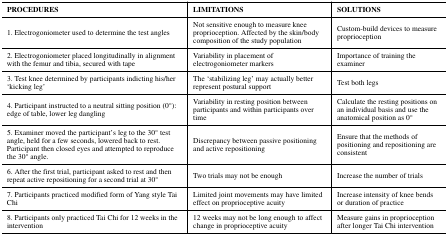
<table><thead><tr><td><b>PROCEDURES</b></td><td><b>LIMITATIONS</b></td><td><b>SOLUTIONS</b></td></tr></thead><tbody><tr><td>1. Electrogoniometer used to determine the test angles</td><td>Not sensitive enough to measure knee proprioception. Affected by the skin/body composition of the study population</td><td>Custom-build devices to measure proprioception</td></tr><tr><td>2. Electrogoniometer placed longitudinally in alignment with the femur and tibia, secured with tape</td><td>Variability in placement of electrogoniometer markers</td><td>Importance of training the examiner</td></tr><tr><td>3. Test knee determined by participants indicting his/her ‘kicking leg’</td><td>The ‘stabilizing leg’ may actually better represent postural support</td><td>Test both legs</td></tr><tr><td>4. Participant instructed to a neutral sitting position (0°): edge of table, lower leg dangling</td><td>Variability in resting position between participants and within participants over time</td><td>Calculate the resting positions on an individual basis and use the anatomical position as 0°</td></tr><tr><td>5. Examiner moved the participant’s leg to the 30° test angle, held for a few seconds, lowered back to rest. Participant then closed eyes and attempted to reproduce the 30° angle.</td><td>Discrepancy between passive positioning and active repositioning</td><td>Ensure that the methods of positioning and repositioning are consistent</td></tr><tr><td>6. After the first trial, participant asked to rest and then repeat active repositioning for a second trial at 30°</td><td>Two trials may not be enough</td><td>Increase the number of trials</td></tr><tr><td>7. Participants practiced modified form of Yang style Tai Chi</td><td>Limited joint movements may have limited effect on proprioceptive acuity</td><td>Increase intensity of knee bends or duration of practice</td></tr><tr><td>8. Participants only practiced Tai Chi for 12 weeks in the intervention</td><td>12 weeks may not be long enough to affect change in proprioceptive acuity</td><td>Measure gains in proprioception after longer Tai Chi intervention</td></tr></tbody></table>